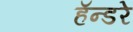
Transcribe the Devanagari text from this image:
हॅन्डरे